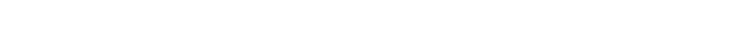
ပေါက်ကွဲရင်တော့ ‘အသင်္ခါရိက’ ပေါ့၊ တဖြည်းဖြည်း တွေးပြီးတော့ ပေါက်ကွဲလာရင်တော့ ‘သသင်္ခါရိက’